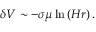
\delta V \sim - \sigma \mu \ln \left( H r \right) .